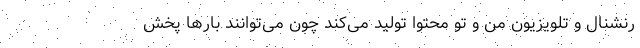
رنشنال و تلویزیون من و تو محتوا تولید می‌کند چون می‌توانند بارها پخش